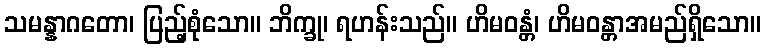
သမန္နာဂတော၊ ပြည့်စုံသော။ ဘိက္ခု၊ ရဟန်းသည်။ ဟိမဝန္တံ၊ ဟိမဝန္တာအမည်ရှိသော။